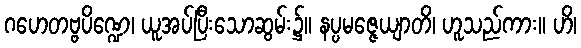
ဂဟေတဗ္ဗပိဏ္ဍေ၊ ယူအပ်ပြီးသောဆွမ်း၌။ နပ္ပမဇ္ဇေယျာတိ၊ ဟူသည်ကား။ ဟိ၊